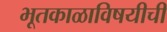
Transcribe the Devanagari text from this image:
भूतकाळाविषयीची